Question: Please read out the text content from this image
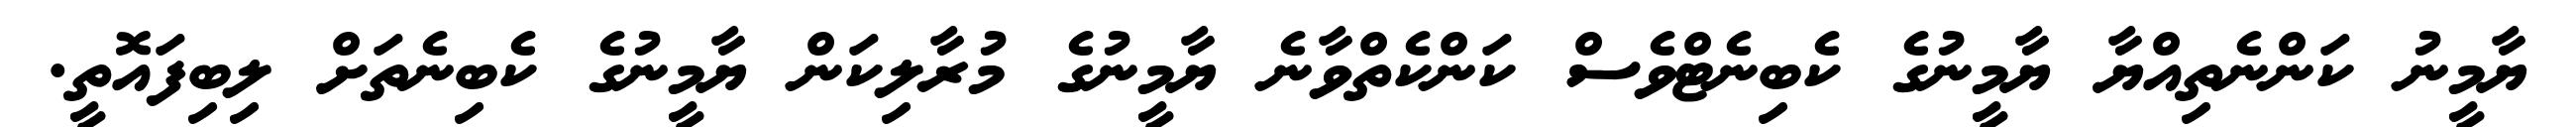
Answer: ޔާމީނު ކަންނެތިއްޔާ ޔާމީނުގެ ކެބިނެޓްވެސް ކަންކެތްވާނެ ޔާމީނުގެ މުރާލިކަން ޔާމީނުގެ ކެބިނެތަށް ލިބިފައޮތީ.